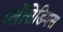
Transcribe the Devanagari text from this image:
प्लॅसिडियस